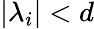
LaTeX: |\lambda_{i}|<d